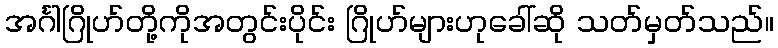
အင်္ဂါဂြိုဟ်တို့ကိုအတွင်းပိုင်း ဂြိုဟ်များဟုခေါ်ဆို သတ်မှတ်သည်။